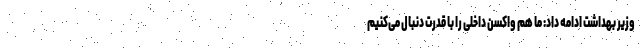
وزیر بهداشت ادامه داد: ما هم واکسن داخلی را با قدرت دنبال می‌کنیم